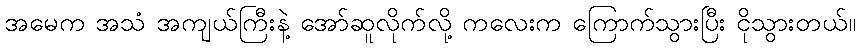
အမေက အသံ အကျယ်ကြီးနဲ့ အော်ဆူလိုက်လို့ ကလေးက ကြောက်သွားပြီး ငိုသွားတယ်။